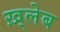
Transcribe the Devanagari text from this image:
ख़्लेब